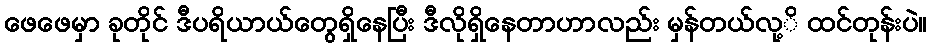
ဖေဖေမှာ ခုတိုင် ဒီပရိယာယ်တွေရှိနေပြီး ဒီလိုရှိနေတာဟာလည်း မှန်တယ်လု့ိ ထင်တုန်းပဲ။